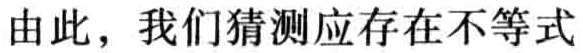
由此，我们猜测应存在不等式